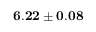
{ \bf 6 . 2 2 \pm 0 . 0 8 }